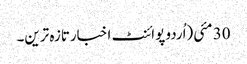
30 مئی(اُردو پوائنٹ اخبارتازہ ترین۔